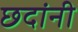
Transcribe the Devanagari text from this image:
छदांनी